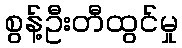
စွန့်ဦးတီထွင်မှု